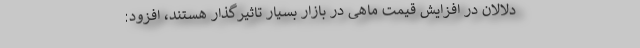
دلالان در افزایش قیمت ماهی در بازار بسیار تاثیرگذار هستند، افزود: